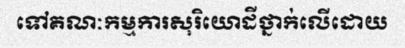
ទៅគណៈកម្មការសុរិយោដីថ្នាក់លើដោយ